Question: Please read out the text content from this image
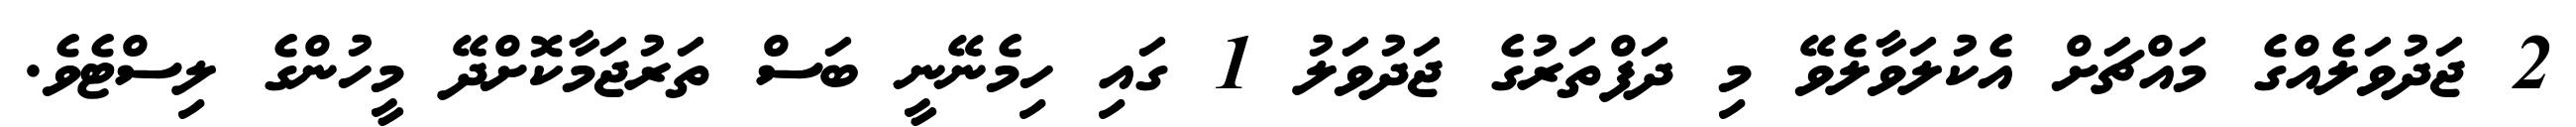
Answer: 2 ޖަދުވަލެއްގެ މައްޗަށް އެކުލަވާލެވޭ މި ދަފްތަރުގެ ޖަދުވަލު 1 ގައި ހިމެނޭނީ ބަސް ތަރުޖަމާކޮށްދޭ މީހުންގެ ލިސްޓެވެ.